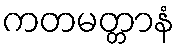
ကတမတ္တာနံ